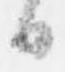
日